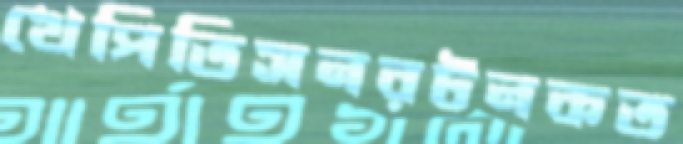
খেপিতিসনরটনকত